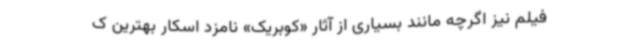
فیلم نیز اگرچه مانند بسیاری از آثار «کوبریک» نامزد اسکار بهترین ک